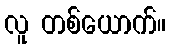
လူ တစ်ယောက်။